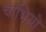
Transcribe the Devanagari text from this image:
चाभियों